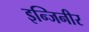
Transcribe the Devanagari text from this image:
इन्जिनीर